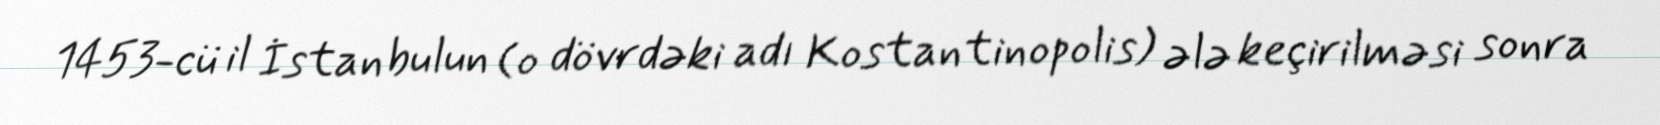
1453-cü il İstanbulun (o dövrdəki adı Kostantinopolis) ələ keçirilməsi sonra